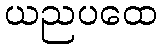
ယညပထေ